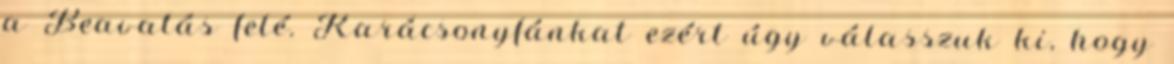
a Beavatás felé. Karácsonyfánkat ezért úgy válasszuk ki, hogy